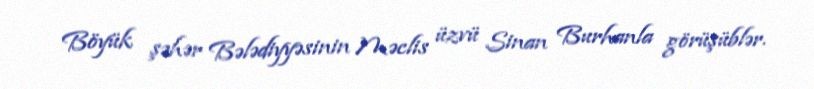
Böyük şəhər Bələdiyyəsinin Məclis üzvü Sinan Burhanla görüşüblər.